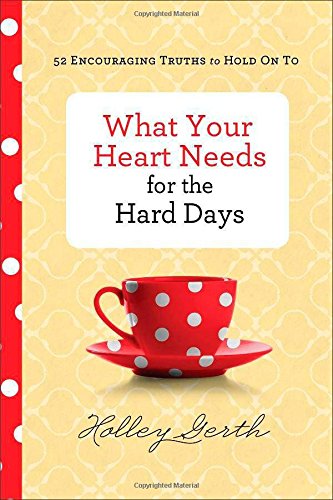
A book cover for What Your Heart Needs for the Hard Days: 52 Encouraging Truths to Hold On To; Holley Gerth; Christian Books & Bibles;